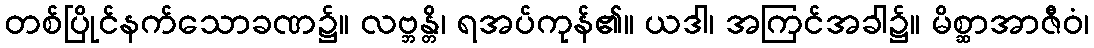
တစ်ပြိုင်နက်သောခဏ၌။ လဗ္ဘန္တိ၊ ရအပ်ကုန်၏။ ယဒါ၊ အကြင်အခါ၌။ မိစ္ဆာအာဇီဝံ၊